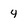
Character: 4